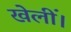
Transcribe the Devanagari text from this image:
खेलीं।